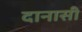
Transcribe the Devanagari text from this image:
दानासी